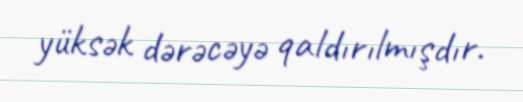
yüksək dərəcəyə qaldırılmışdır.